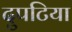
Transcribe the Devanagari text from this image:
दुपटिया